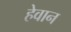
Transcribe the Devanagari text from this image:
हेवान